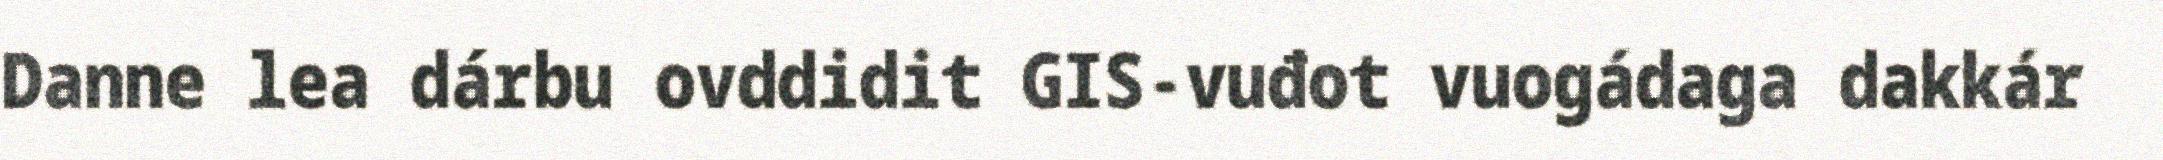
Danne lea dárbu ovddidit GIS-vuđot vuogádaga dakkár